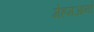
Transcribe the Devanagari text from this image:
मेहमआनो